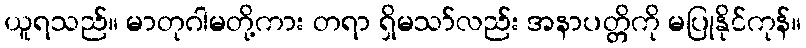
ယူရသည်။ မာတုဂါမတို့ကား တရာ ရှိမသာ်လည်း အနာပတ္တိကို မပြုနိုင်ကုန်။